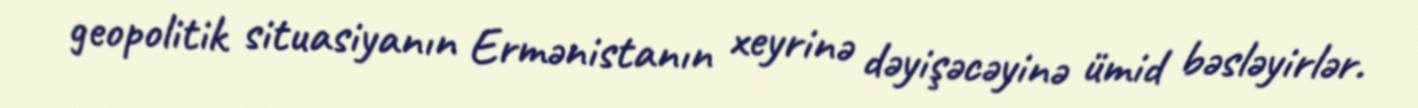
geopolitik situasiyanın Ermənistanın xeyrinə dəyişəcəyinə ümid bəsləyirlər.